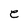
Character: e